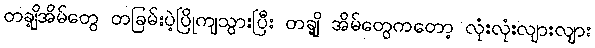
တချို့အိမ်တွေ တခြမ်းပဲ့ပြိုကျသွားပြီး တချို့ အိမ်တွေကတော့ လုံးလုံးလျားလျား